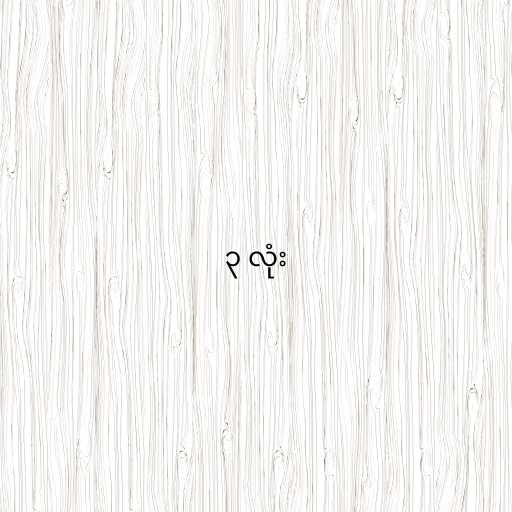
၃ လုံး